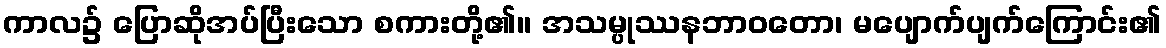
ကာလ၌ ပြောဆိုအပ်ပြီးသော စကားတို့၏။ အသမ္ပုဿနဘာဝတော၊ မပျောက်ပျက်ကြောင်း၏